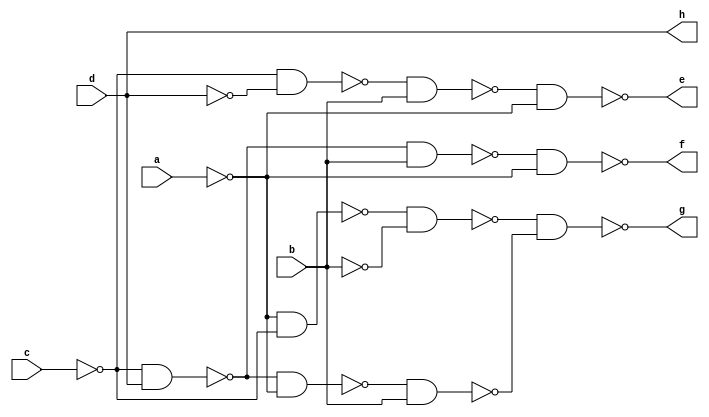
`timescale 1ns / 1ps

module bcd_code_converter_a(
    input a,b,c,d, output e,f,g,h
    );
    assign e = !(!(!(!c & !d) & b) & !a);
    assign f = !(!(!(!c & d) & b) & !a);
    assign g = !(!(!(!a & !c) & !b) & !(!(!(!c & d) & !a) & b));
    assign h = d;
endmodule